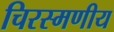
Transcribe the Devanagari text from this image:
चिरस्मणीय